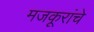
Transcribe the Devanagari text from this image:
मजकूरांचे